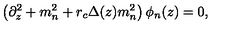
\left( \partial _ { z } ^ { 2 } + m _ { n } ^ { 2 } + r _ { c } \Delta ( z ) m _ { n } ^ { 2 } \right) \phi _ { n } ( z ) = 0 ,